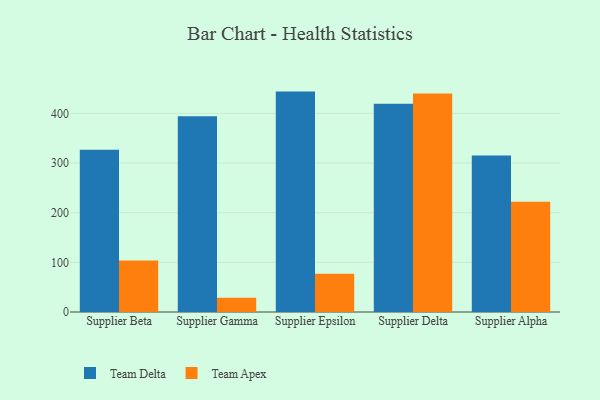
{"axis": {"x": "Supplier", "y": "Active Users"}, "legend": ["Team Apex", "Team Delta"], "data": [{"x": "Supplier Beta", "y": 326.8, "type": "Team Delta"}, {"x": "Supplier Beta", "y": 103.6, "type": "Team Apex"}, {"x": "Supplier Gamma", "y": 394.3, "type": "Team Delta"}, {"x": "Supplier Gamma", "y": 28.9, "type": "Team Apex"}, {"x": "Supplier Epsilon", "y": 443.9, "type": "Team Delta"}, {"x": "Supplier Epsilon", "y": 76.8, "type": "Team Apex"}, {"x": "Supplier Delta", "y": 419.2, "type": "Team Delta"}, {"x": "Supplier Delta", "y": 440.2, "type": "Team Apex"}, {"x": "Supplier Alpha", "y": 315.1, "type": "Team Delta"}, {"x": "Supplier Alpha", "y": 222.2, "type": "Team Apex"}]}